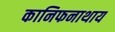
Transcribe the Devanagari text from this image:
कानिफनाथाय